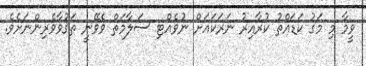
ވީމާ މި މަގު ކަޑައްތު ކުރާއިރު ނަރަކައަށް ނުވެއްޓި ސަލާމަތް ވެވޭނީ ތަޤުވާވެރިންނަށެވެ.